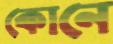
কোনে